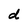
Character: d